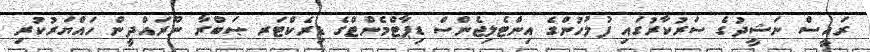
ރައީސް ނަޝީދުގެ ސަރުކާރުގައި ފުލުހުންގެ އިންޓެލިޖެންސް ޑިޕާޓްމެންޓްގެ ޑިރެކްޓަރ ޞަބްރާ ނޫރައްދީން ހައްޔަރުކުރި